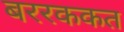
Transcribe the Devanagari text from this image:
बररककत